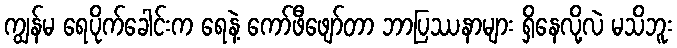
ကျွန်မ ရေပိုက်ခေါင်းက ရေနဲ့ ကော်ဖီဖျော်တာ ဘာပြဿနာများ ရှိနေလို့လဲ မသိဘူး